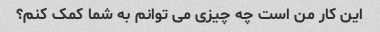
این کار من است چه چیزی می توانم به شما کمک کنم؟